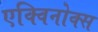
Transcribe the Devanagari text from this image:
एक्विनोक्स